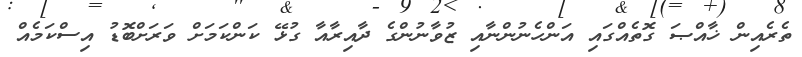
ތެރެއިން ޚާއްޞަ ގޮތެއްގައި އަންހެނުންނާއި ޒުވާނުންގެ ދާއިރާއާ ގުޅޭ ކަންކަމަށް ވަރަށްބޮޑު އިސްކަމެއް